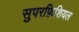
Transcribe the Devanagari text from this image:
सुपरफ़िशियल